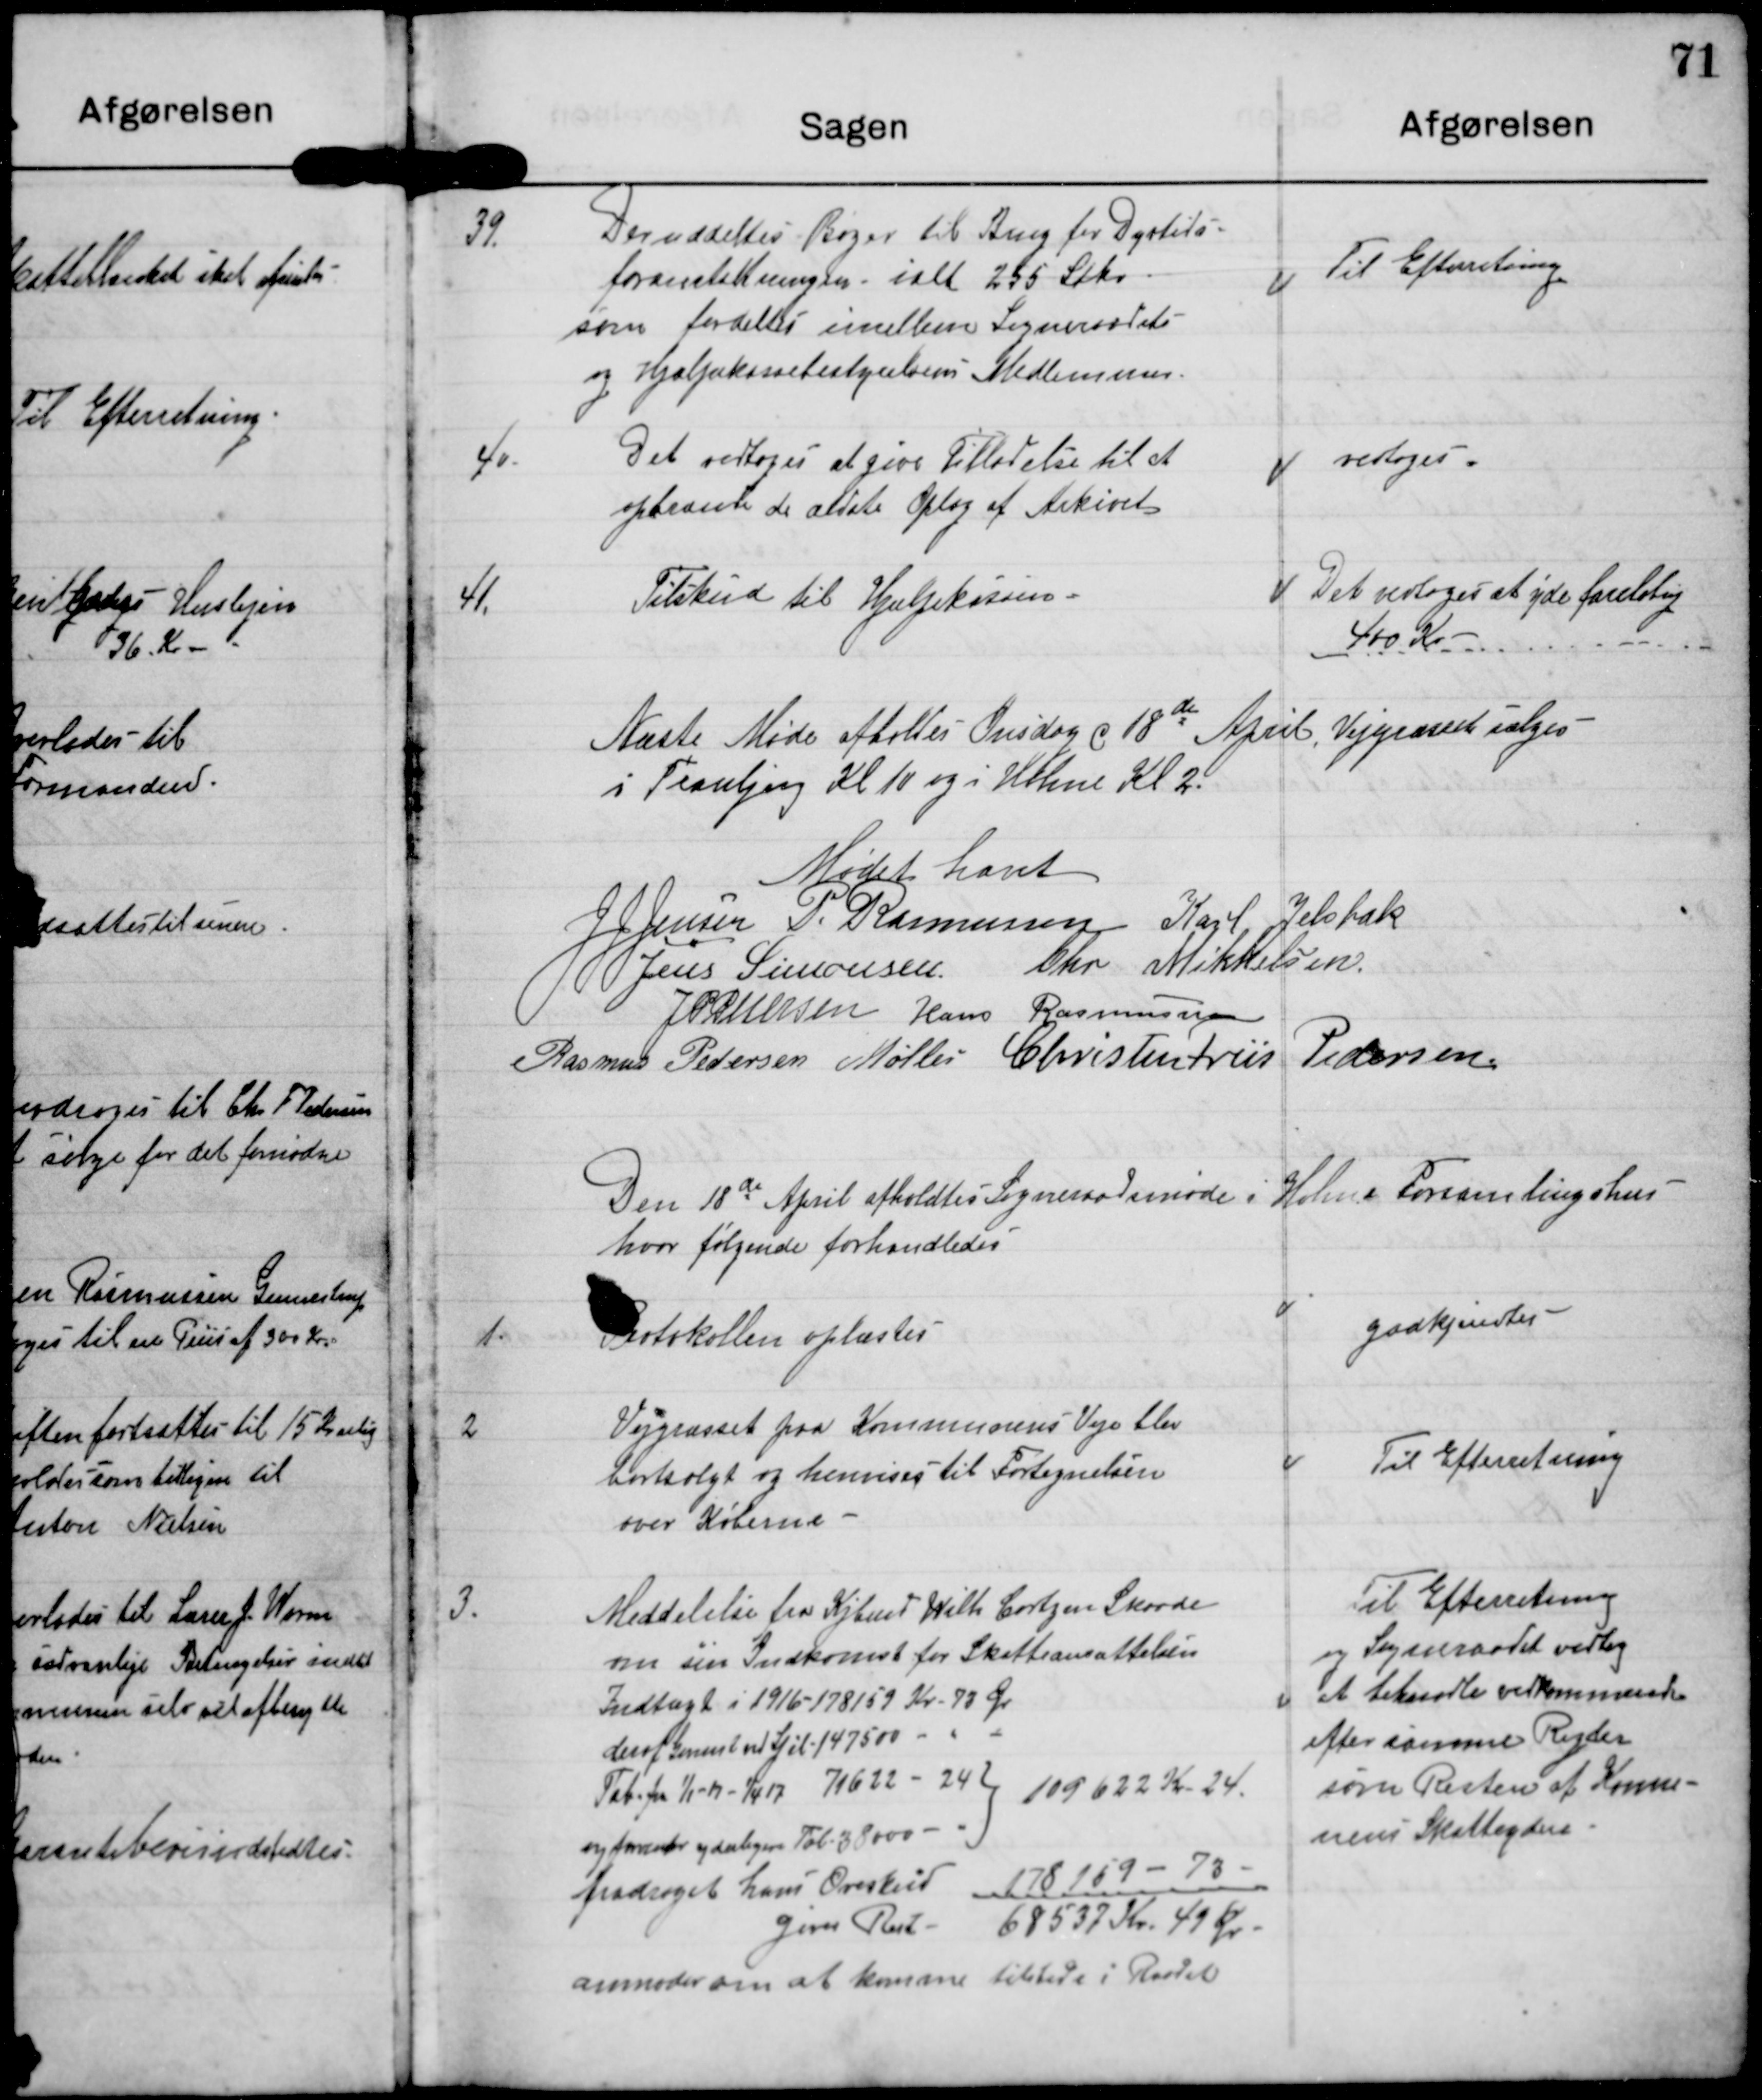
Transskription:
39. Der uddeltes Bøger til Brug for Dyrtids-
foranstaltninger ialt 255 Stk
som fordeltes imellem Sogneraadeets-
og Hjælpekassebestyrelsens Medlemmer.

Til Efterretning

40. Det vedtoges at give Tilladelse til at
opbrænde de aftalte Oplag af Arkivet

vedtoges

41. Tilskud til Hjælpekassen

Det vedtoges at yde foreløbig
400 Kr

Næste Møde aftaltes Onsdag d 18de April
i Tranbjerg Kl 10 og i Holme Kl 2.

Vejgræsset sælges

Mødet hævet

J J Jensen

P. Rasmussen

Karl Jelsbak

Jens Simonsen

Chr Mikkelsen

J P Petersen?

Hans Rasmussen

Rasmus Pedersen Møller

Christen Friis Pedersen

Den 18de April afholdtes Sogneraadsmøde i Holme Forsamlingshus
hvor følgende forhandledes

1. Protokollen oplæstes

godkjentes

2 Vejgræsset paa Kommunens Veje blev
bortsolgt og henvises til Fortegnelsen
over Køberne

Til Efterretning

3. Meddelelse fra Kjbmd Wilh.Cortzen Skaade
om sin Indkomst for Skatteansættelsen
Indtægt i 1916 - 178159 Kr 73 Ø
deraf Gevinst ved Spil 147500 Kr
Tab fra 1/1-17 - 1/4 17  71622 - 24
109622 Kr 24
og forventer yderligere Tab 38000 Kr
fradraget hans Overskud 178159 - 73
giver Rest 68537 kr 49 Ø
anmoder om at komme tilstede i Raadet

Til Efterretning
og Sogneraadet vedtog
at behandle vedkommende
efter samme Regler
som Resten af Kommu-
nens Skatteydere.